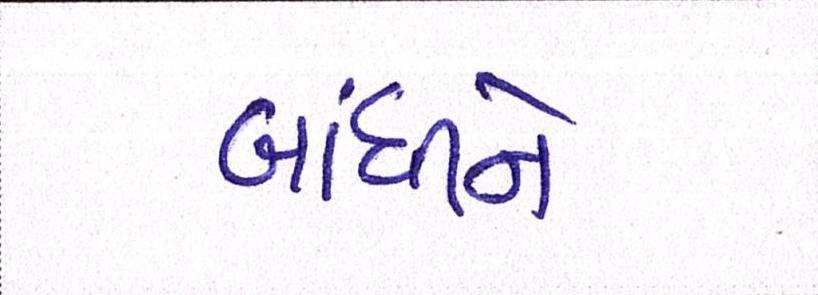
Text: બાંધીને